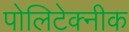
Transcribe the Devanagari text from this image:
पोलिटेक्नीक